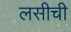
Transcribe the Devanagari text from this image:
लसीची